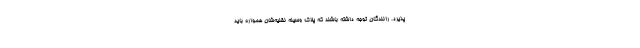
پذیرد. رانندگان توجه داشته باشند که پلاک وسیله نقلیه‌شان همواره باید